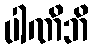
ပါဏိဘိ